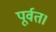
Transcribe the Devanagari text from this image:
पूर्वत।